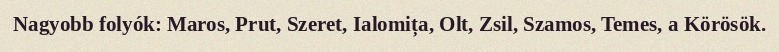
Nagyobb folyók: Maros, Prut, Szeret, Ialomița, Olt, Zsil, Szamos, Temes, a Körösök.